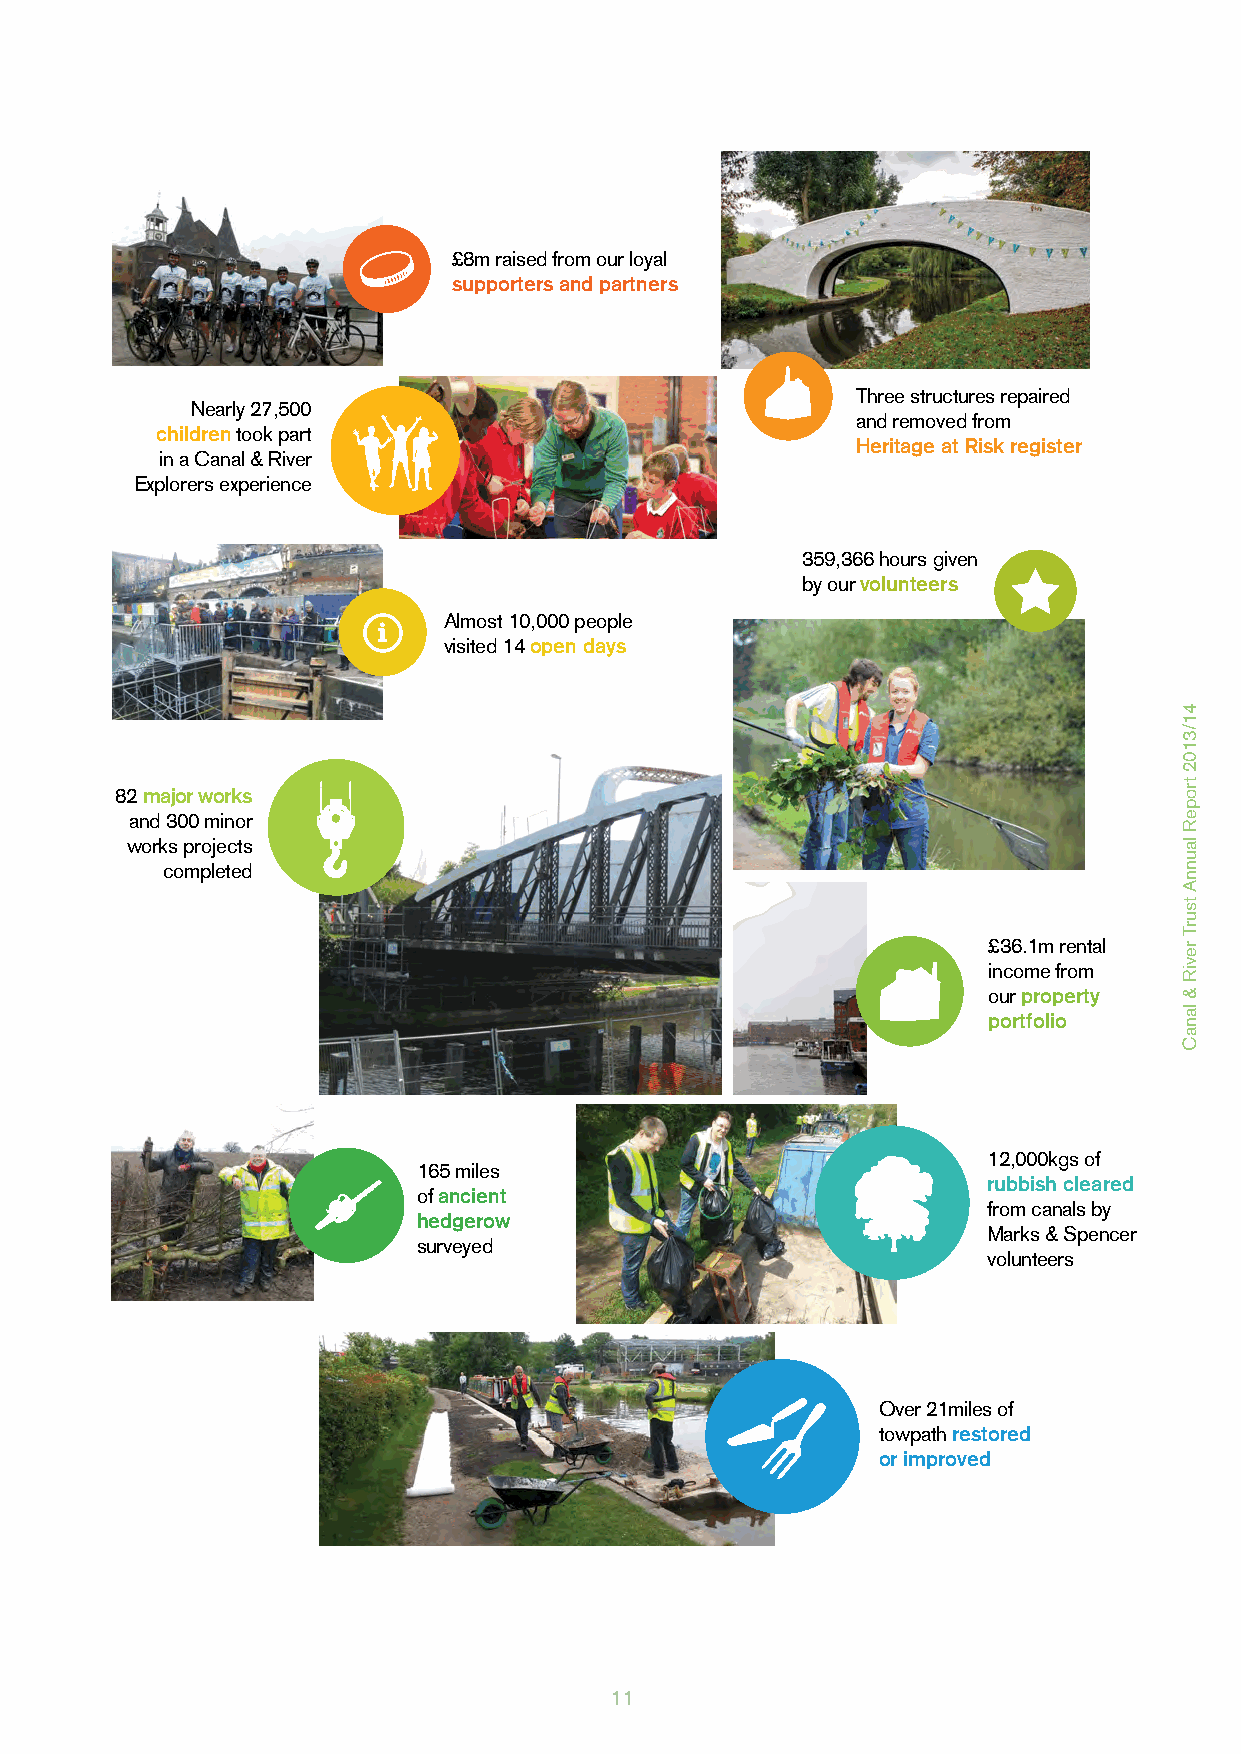
£8m raised from our loyal
 supporters and partners
 Three structures repaired
 Nearly 27,500
 and removed from
 children took part
 Heritage at Risk register
 in a Canal & River
 Explorers experience
 359,366 hours given
 by our volunteers
 Almost 10,000 people
 visited 14 open days
 82 major works
 and 300 minor
 works projects
 completed
 £36.1m rental
 income from
 our property
 portfolio
 12,000kgs of
 165 miles
 rubbish cleared
 of ancient
 from canals by
 hedgerow
 Marks & Spencer
 surveyed
 volunteers
 Over 21miles of
 towpath restored
 or improved
 11
 41/3102
 tropeR
 launnA
 tsurT
 reviR
 &
 lanaC